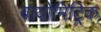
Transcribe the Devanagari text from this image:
बायोमिट्रिक